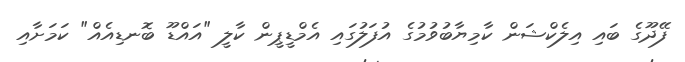
ފޭދޫގެ ބައި އިލެކްޝަން ކާމިޔާބުވުމުގެ އުފަލުގައި އެމްޑީޕީން ކާލީ "އައްޑޫ ބޮނޑިއެއް" ކަމަށާއި